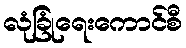
လုံခြုံရေးကောင်စီ